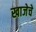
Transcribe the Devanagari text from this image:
खाजेचे